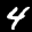
Label: 4